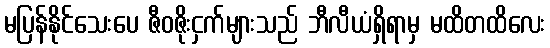
မပြန်နိုင်သေးပေ ဇီဝဇိုးငှက်များသည် ဘီလီယံရှိရာမှ မထိတထိလေး